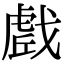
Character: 𭟼